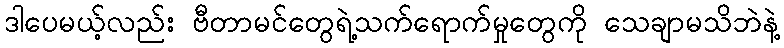
ဒါပေမယ့်လည်း ဗီတာမင်တွေရဲ့သက်ရောက်မှုတွေကို သေချာမသိဘဲနဲ့